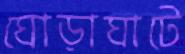
ঘোড়াঘাটে